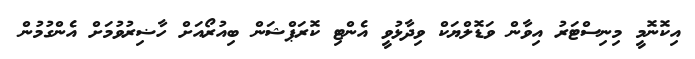
އިކޮނޮމީ މިނިސްޓަރު އިވާން ވަޑޮލްޔަކް ވިދާޅުވީ އެންޓި ކޮރަޕްޝަން ބިއުރޯއަށް ހާޟިރުވުމަށް އެންގުމުން